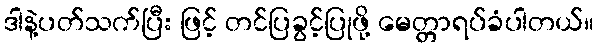
ဒါနဲ့ပတ်သက်ပြီး ဖြင့် တင်ပြခွင့်ပြုဖို့ မေတ္တာရပ်ခံပါတယ်။